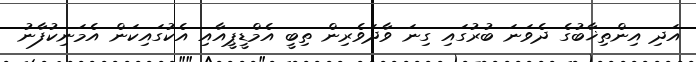
އަދި އިންތިޚާބުގެ ދެވަނަ ބުރުގައި ގިނަ ވާދަވެރިން ތިބީ އެމްޑީޕީއާއި އެކުގައިކަން އެމަނިކުފާނު